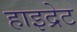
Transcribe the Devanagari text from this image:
हाइद्रेट